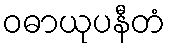
ဝဓာယုပနီတံ